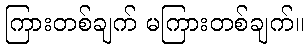
ကြားတစ်ချက် မကြားတစ်ချက်။